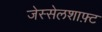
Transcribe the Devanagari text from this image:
जेस्सेलशाफ़्ट